Emmaste_vallavalitsus, lk 31
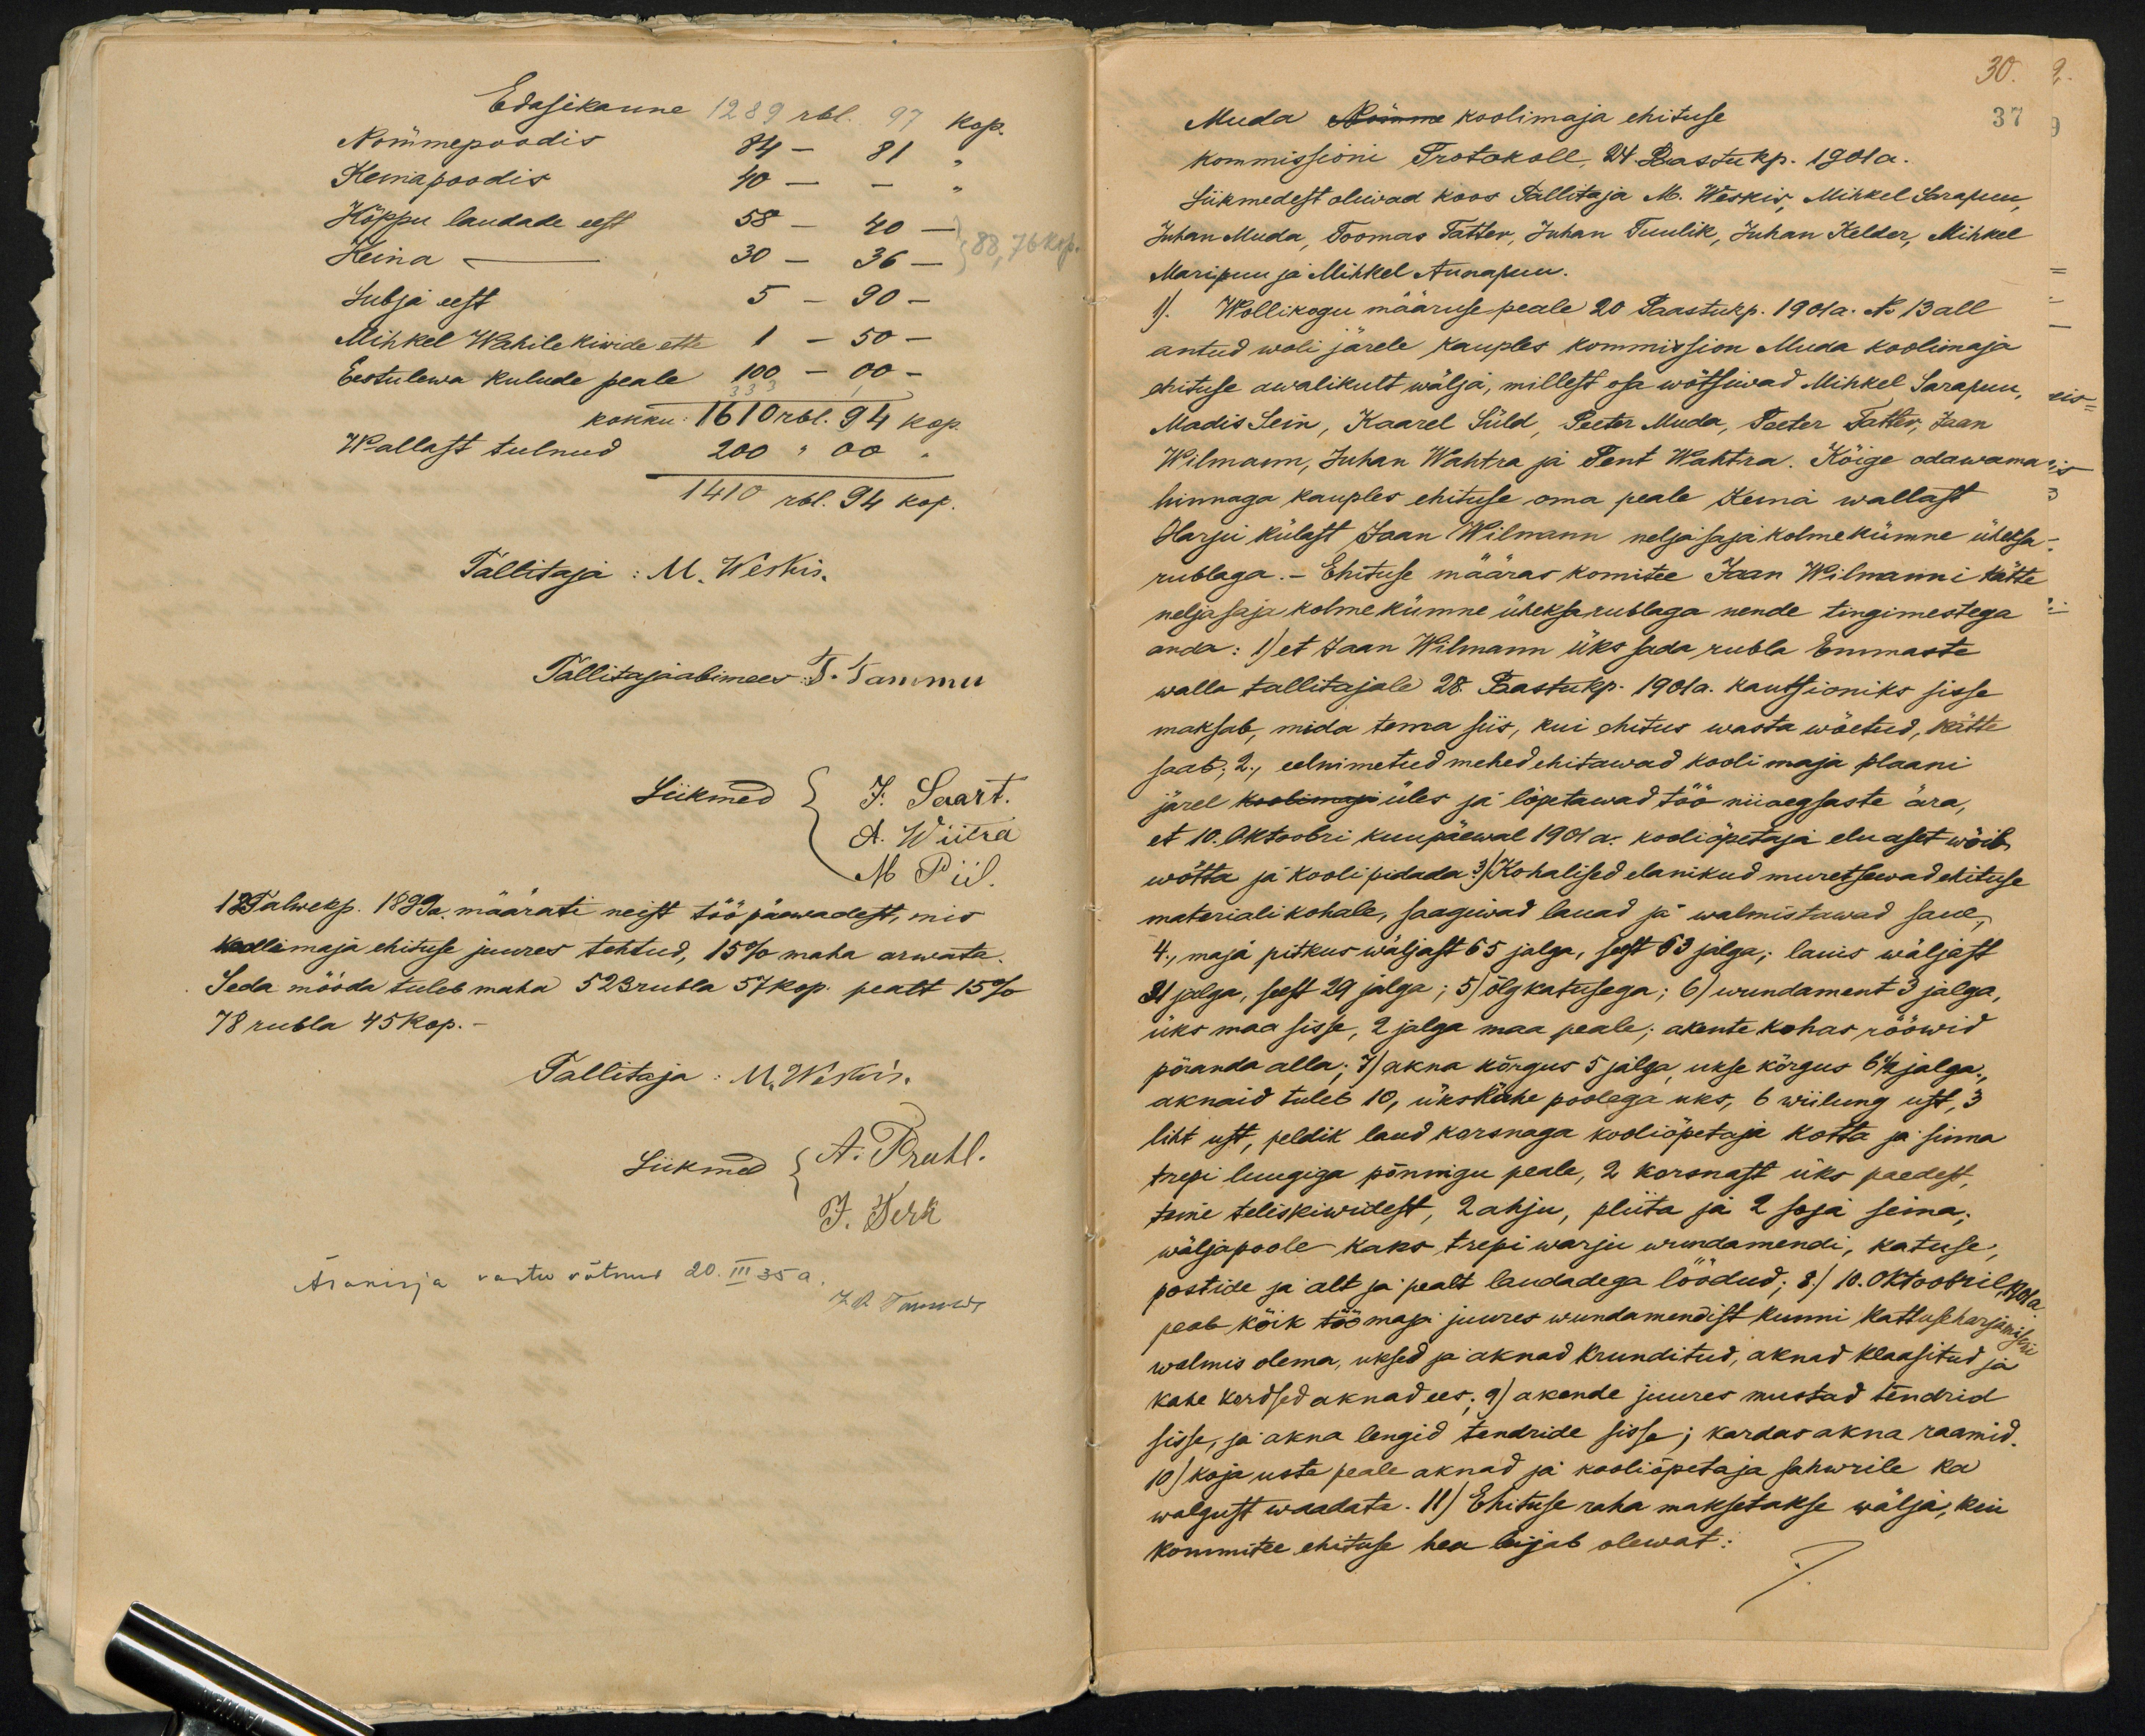
Edasikanne 1289 rbl. 97 kop.
Nõmmepoodis 84 - 81 "
Keniapoodis 40 - - "
Kõppu laudade eest 58 - 40 -
Heina - 30 - 36 -
88, 76 kop.
Lubja eest 5 - 90 -
Mihkel Wahile kiwide ette 1 - 50 -
Eestulewa kulude peale 100 - 00 -
kokku 1610 rbl. 94 kop.
Wallast tulnud 200 " 00 "
1410 rbl. 94 kop.
Tallitaja: M. Weskis-
Tallitajaabimees T. Tammu
Liikmed  J. Saart.
A. Wiitra
M Piil
12 Talwekp. 1889 a. määrati neist töö päewadest, mis
Kallimaja ehituse juures tehtud, 15% maha arwata.
Seda mööda tuleb maha 523 rubla 57 kop. pealt 15%
78 rubla 45 kop.-
Tallitaja: M. Weskis.
Liikmed A. Pruhl.
J. Terk
Ärakirja vastu võtnud 20. III. 35 a.
J. O. Tarnowi

30.
Muda Nõmme koolimaja ehituse
37
kommissioni Protokoll, 24. Paastu kp. 1901 a.
Liikmedest oliwad koos Tallitaja M. Weskis, Mihkel Sarapuu
Juhan Muda, Toomas Tatter, Juhan Tuulik, Juhan Kelder, Mihkel
Maripuu ja Mihkel Aunapuu.
1). Wollikogu määruse peale 20 Paastukp. 1901 a. No 13 all
antud woli järele kauples kommission Muda koolimaja
ehituse awalikult wälja, millest osa wõtsiwad Mihkel Sarapuu
Madis Sein, Kaarel Süld, Peeter Muda, Paeter Tatter, Jaan
Wilmann, Juhan Wahtra ja Pent Wahtra. Kõige odawama
hinnaga kauples ehituse oma peale Keina wallast
Harju külast Jaan Wilmann nelja saja kolmekümne üheksa
rublaga.- Ehituse määras komitee Jaan Wilmanni kätte
neljasaja kolmekümne üheksa rublaga nende tingimestega
anda: 1) et Jaan Wilmann üks sada rubla Emmaste
walla tallitajale 28. Paastukp. 1901a. kautsioniks sisse
maksab, mida tema siis, kui ehitus wasta wõetud, kätte
saab; 2.) eelnimetud mehed ehitawad kooli maja plaani
järel koolimaju üles ja lõpetawad töö niiaegsaste ära,
et 10. Oktoobri kuupäewal 1901 a. kooliõpetaja eluaset wõib,
wõtta ja kooli pidada 3.) Kohalised elanikud muretsewad ehituse
materiali kohale, saagiwad lauad ja walmistawad saue
4.) maja pitkus wäljast 65 jalga, seest 63 jalgas; laius wälljast
31 jalga, sest 29 jalga; 5) õlgkatusega; 6) wundament 3 jalga,
üks maa sisse, 2 jalga maa peale; akente kohas rööwid
põranda alla; 7) akna kõrgus 5 jalga ukse kõrgus 6 1/2 jalga,
akneid tuleb 10, ükskahe poolega uks, 6 wiilung ust, 3
liht ust, peldik laud korsnaga kooliõpetaja kotta ja sinna
trepi luugiga põnnigu peale, 2 korsnast üks paedest
teine teliskiwidest, 2 ahju, pliita ja 2 soja seina,
wäljapoole kaks trepi warju wundamendi, katuse,
postide ja alt ja pealt laudadega löödud; 8.) 10. Oktoobril koha
peab kõik töö maja juures wundamendist kunni kattuseharjamiseni
walmis olema, uksed ja aknad krunditud, akned klaasitud ja
kahe kordsed aknad ees. 9) akende juures mustad tendrid
sisse, ja akna lengid tendride sisse; kardas akna raamid
10) koja uste peale aknad ja kooliõpetaja sahwrile ka
walgust waadata. 11) Ehituse raha maksetakse wälja, kui
kommitee ehituse hea leijab olewat: